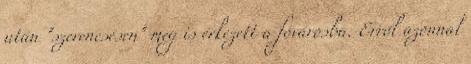
után "szerencsésen" meg is érkezett a fővárosba. Erről azonnal